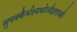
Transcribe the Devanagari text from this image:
सुपक्कैर्भक्ष्यभोज्यैश्चपायसैः